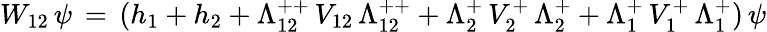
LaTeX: W_{12}\, \psi\, =\, (h_{1}+h_{2}+\Lambda_{12}^{++}\, V_{12}\, \Lambda_{12}^{++}+\Lambda_{2}^{+}\, V_{2}^{+}\, \Lambda_{2}^{+}+\Lambda_{1}^{+}\, V_{1}^{+}\, \Lambda_{1}^{+})\, \psi